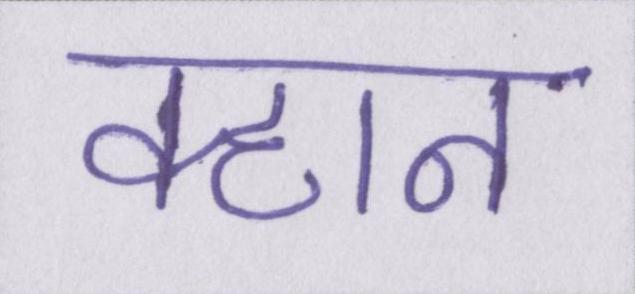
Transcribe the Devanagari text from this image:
क्हान